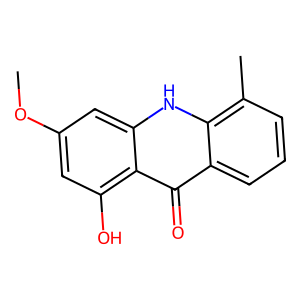
SMILES: COc1cc(O)c2c(=O)c3cccc(C)c3[nH]c2c1
Inhibits HIV replication: No